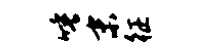
唾末征